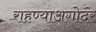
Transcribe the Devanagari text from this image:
राहण्याअगोदर